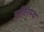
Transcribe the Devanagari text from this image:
अतिरम्य